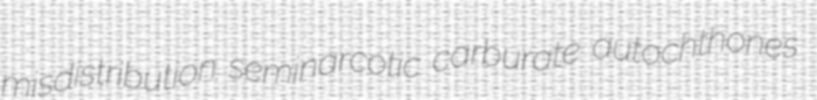
misdistribution seminarcotic carburate autochthones